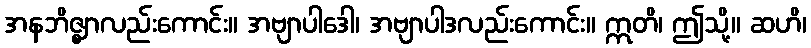
အနဘိဇ္ဈာလည်းကောင်း။ အဗျာပါဒေါ၊ အဗျာပါဒလည်းကောင်း။ ဣတိ၊ ဤသို့။ ဆဟိ၊